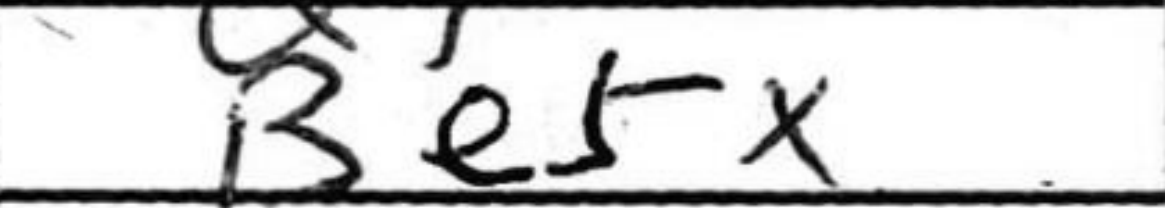
Transcription: Be5x